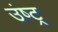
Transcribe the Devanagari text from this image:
उंष्ट्र